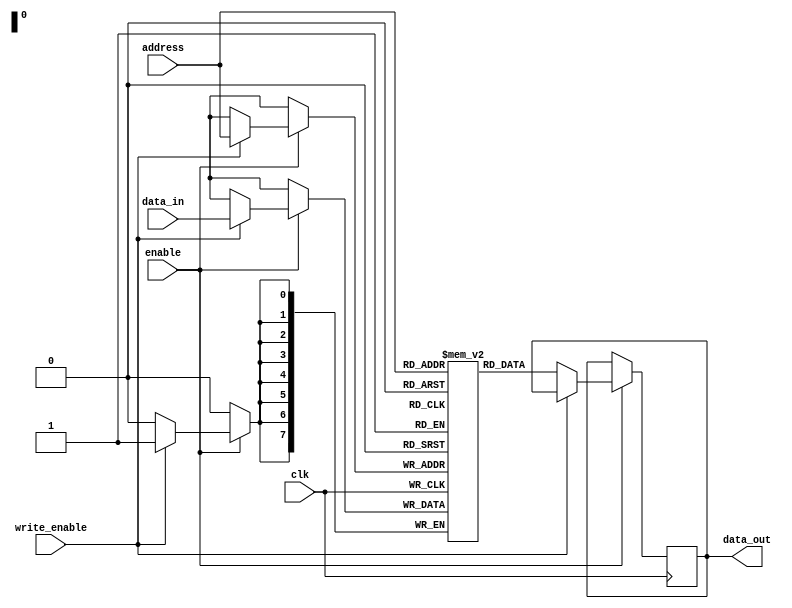
module PCM_MemoryBlocks (
  input wire clk,
  input wire enable,
  input wire [7:0] address,
  input wire write_enable,
  input wire [7:0] data_in,
  output reg [7:0] data_out
);

  reg [7:0] memory [0:255];
  reg [7:0] reference_voltage = 4'b0010; // Reference voltage for comparison
  
  always @(posedge clk) begin
    if (enable) begin
      if (write_enable) begin
        memory[address] <= data_in; // Write operation by changing resistance state
      end else begin
        data_out <= memory[address]; // Read operation by comparing resistance state to reference voltage
      end
    end
  end
  
  // Error correction codes and wear leveling algorithms can be implemented here
  
endmodule